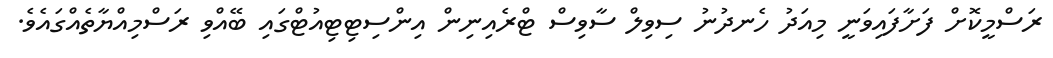
ރަސްމީކޮށް ފަށާފައިވަނީ މިއަދު ހެނދުނު ސިވިލް ސާވިސް ޓްރެއިނިން އިންސިޓިޓިއުޓްގައި ބޭއްވި ރަސްމިއްޔާތެއްގައެވެ.